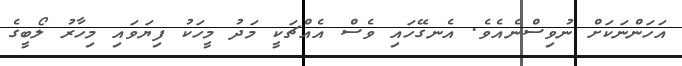
އަހަންނަކަށް ނުވިސްނެއެވެ. އެނގޭހައި ވެސް އެއްޗަކީ މަދު މީހަކު ފިޔަވައި މިހާރު ލޯބީގެ